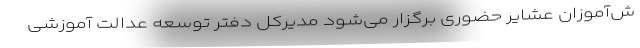
ش‌آموزان عشایر حضوری برگزار می‌شود مدیرکل دفتر توسعه عدالت آموزشی